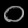
Digit: ၀